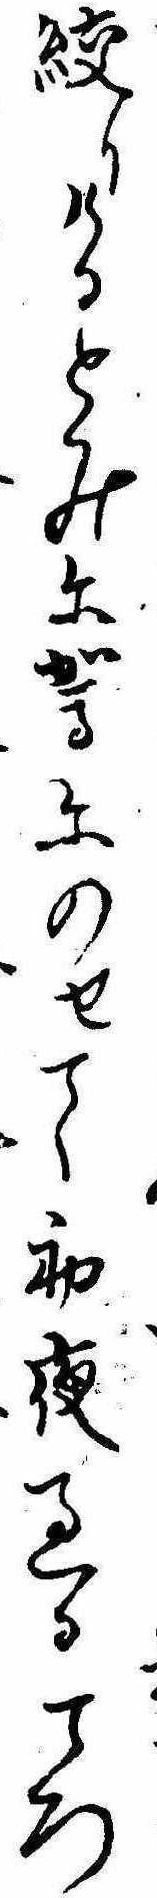
絞りけるとみに駕にのせて初夜過るころ